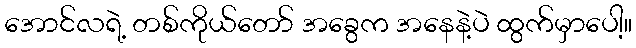
အောင်လရဲ့ တစ်ကိုယ်တော် အခွေက အနေနဲ့ပဲ ထွက်မှာပေါ့။